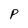
Character: P